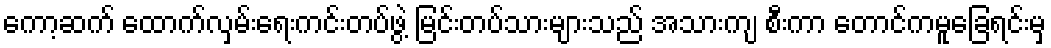
ကော့ဆက် ထောက်လှမ်းရေးကင်းတပ်ဖွဲ့ မြင်းတပ်သားများသည် အသားကျ စီးကာ တောင်ကမူခြေရင်းမှ